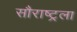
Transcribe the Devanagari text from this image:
सौराष्ट्रला